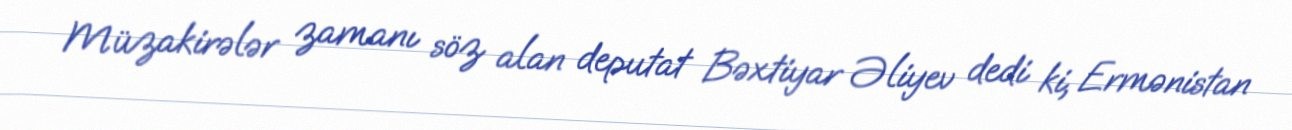
Müzakirələr zamanı söz alan deputat Bəxtiyar Əliyev dedi ki, Ermənistan